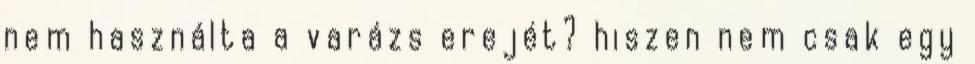
nem használta a varázs erejét? hiszen nem csak egy